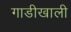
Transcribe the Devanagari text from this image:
गाडीखाली